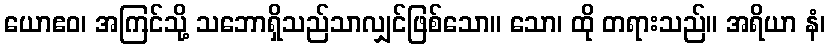
ယောဧဝ၊ အကြင်သို့ သဘောရှိသည်သာလျှင်ဖြစ်သော။ သော၊ ထို တရားသည်။ အရိယာ နံ၊